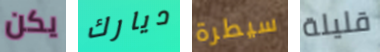
يكن ديارك سيطرة قليلة